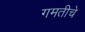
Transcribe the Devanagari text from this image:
गमतीचे